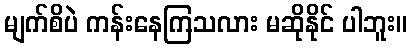
မျက်စိပဲ ကန်းနေကြသလား မဆိုနိုင် ပါဘူး။